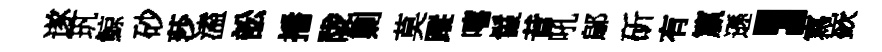
遂㺬鯨砂莎溘訟播陇剿莫蹤嘻鬣昔吼鄔斫有籯遜，寫嶔